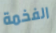
الفخمة